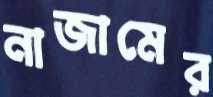
নাজামের